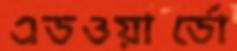
এডওয়ার্ডো